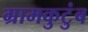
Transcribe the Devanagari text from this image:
ग्रामकुटुंब